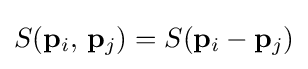
S(\mathbf {p} _{i},\,\mathbf {p} _{j})=S(\mathbf {p} _{i}-\mathbf {p} _{j})